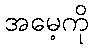
အမေ့ကို